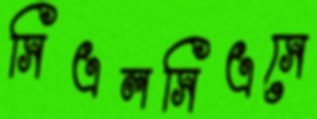
সিএলসিএসে